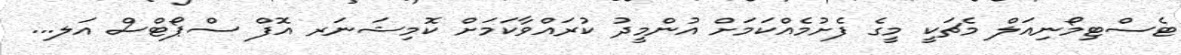
ޓެސްޓިމޯނިއަލް މެޗަކީ މީގެ ފެށުމެއްކަމަށް އުންމީދު ކުރައްވާކަމަށް ކޮމިޝަނަރ އޮފް ސްޕޯޓްސް އަލ...